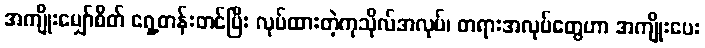
အကျိုးမျှော်စိတ် ရှေ့တန်းတင်ပြီး လုပ်ထားတဲ့ကုသိုလ်အလုပ်၊ တရားအလုပ်တွေဟာ အကျိုးပေး